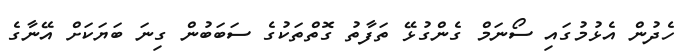
ހެދުން އެޅުމުގައި ސޯނަމް ގެންގުޅޭ ތަފާތު ގޮތްތަކުގެ ސަބަބުން ގިނަ ބަޔަކަށް އޭނާގެ